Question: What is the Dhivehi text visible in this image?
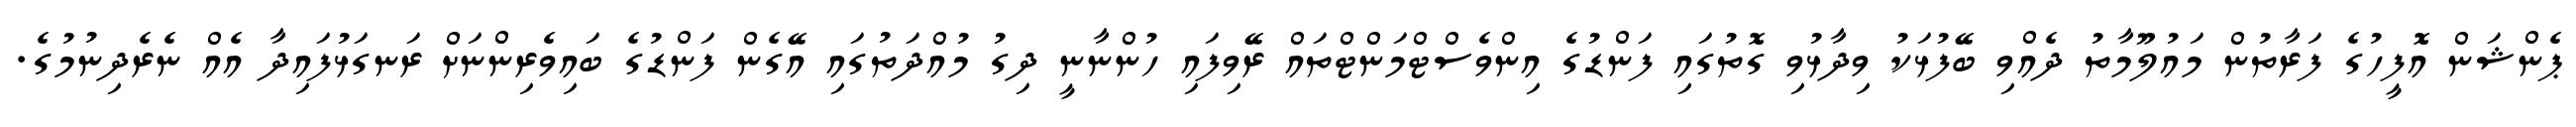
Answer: ޕެންޝަން އޮފީހުގެ ފަރާތުން މައުލޫމާތު ދެއްވި ބޭފުޅަކު ވިދާޅުވި ގޮތުގައި ފަންޑުގެ އިންވެސްޓްމަންޓްތައް ރޭވިފައި ހުންނާނީ ދިގު މުއްދަތުގައި އޭގެން ފަންޑުގެ ބައިވެރިންނަށް ރަނގަޅުފައިދާ އެއް ނެރެދިނުމުގެ.